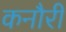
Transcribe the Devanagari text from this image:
कनौरी